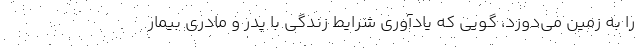
را به زمین می‌دوزد، گویی که یادآوری شرایط زندگی با پدر و مادری بیمار